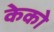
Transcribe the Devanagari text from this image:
केको